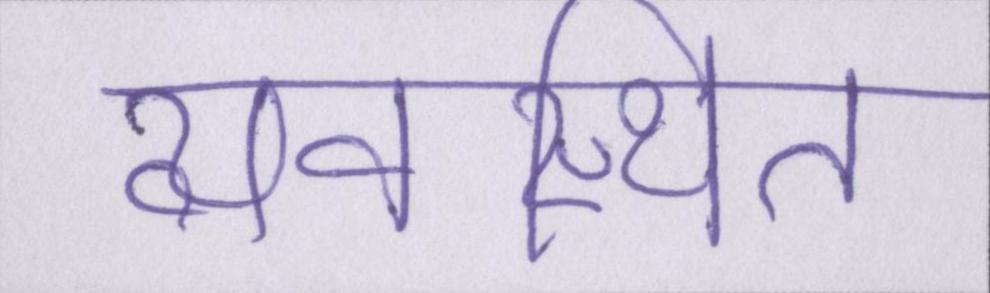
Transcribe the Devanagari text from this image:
व्यवस्थित